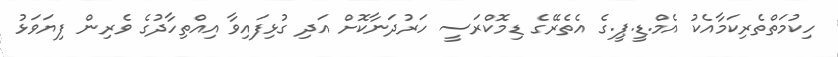
ހިކުމަތްތެރިކަމާއެކު އެމް.ޑީ.ޕީ.ގެ އެތެރޭގެ ޑިމޮކްރަސީ ހަރުދަނާކޮށް އަދި ގުޅިފައިވާ އިއްތިހާދުގެ ވެރިން ފިޔަވަޅު